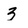
Character: 3